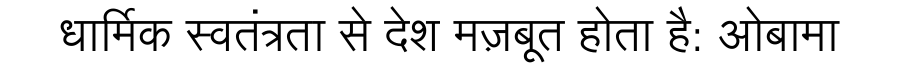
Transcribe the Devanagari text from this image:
धार्मिक स्वतंत्रता से देश मज़बूत होता है: ओबामा